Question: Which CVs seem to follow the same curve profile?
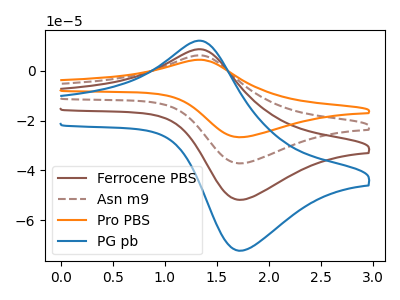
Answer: <think>The brown curve "Ferrocene PBS" has an anodic peak at (1.30V, 8.70uA) and a cathodic peak at (1.75V, -51.85uA). The brown dashed curve "Asn m9" has an anodic peak at (1.30V, 17.35uA) and a cathodic peak at (1.75V, -103.70uA). The orange curve "Pro PBS" has an anodic peak at (1.30V, 26.05uA) and a cathodic peak at (1.75V, -155.60uA). The blue curve "PG pb" has an anodic peak at (1.30V, 12.10uA) and a cathodic peak at (1.75V, -72.30uA).
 All the peaks in "Ferrocene PBS" have a peak in "Asn m9" at the same potential. Every peak in "Ferrocene PBS" is lower than every peak in "Asn m9". All the peaks in "Ferrocene PBS" have a peak in "Pro PBS" at the same potential. Every peak in "Ferrocene PBS" is lower than every peak in "Pro PBS". All the peaks in "Ferrocene PBS" have a peak in "PG pb" at the same potential. Every peak in "Ferrocene PBS" is lower than every peak in "PG pb". All the peaks in "Asn m9" have a peak in "Pro PBS" at the same potential. Every peak in "Asn m9" is lower than every peak in "Pro PBS". All the peaks in "Asn m9" have a peak in "PG pb" at the same potential. Every peak in "Asn m9" is higher than every peak in "PG pb". All the peaks in "Pro PBS" have a peak in "PG pb" at the same potential. Every peak in "Pro PBS" is higher than every peak in "PG pb".</think>
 <answer>"PG pb", "Ferrocene PBS", "Asn m9" and "Pro PBS" have the same shape and are likely CV's of the same chemical.</answer>
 <eval>"PG pb" "Ferrocene PBS" "Asn m9" "Pro PBS"</eval>